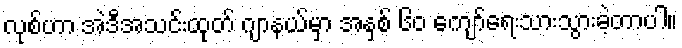
လုစ်ဟာ အဲဒီအသင်းထုတ် ဂျာနယ်မှာ အနှစ် ၆၀ ကျော်ရေးသားသွားခဲ့တာပါ။